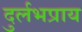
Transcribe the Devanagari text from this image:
दुर्लभप्राय